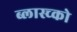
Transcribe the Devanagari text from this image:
ब्लास्च्को